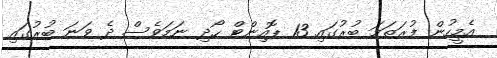
އެމީހުން ފުރަތަމަ ބުރުގައި 13 ޕޮއިންޓް ހޯދި ނަމަވެސް ދެ ވަނަ ބުރުގައި